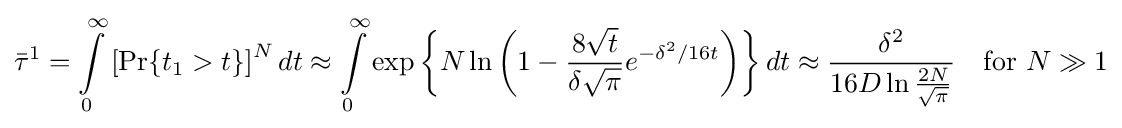
{\bar {\tau }}^{1}=\int \limits \limits _{0}^{\infty }\left[\Pr\{t_{1}>t\}\right]^{N}dt\approx \int \limits \limits _{0}^{\infty }\exp \left\{N\ln \left(1-{\frac {8{\sqrt {t}}}{\delta {\sqrt {\pi }}}}e^{-\delta ^{2}/16t}\right)\right\}dt\approx {\frac {\delta ^{2}}{16D\ln {\frac {2N}{\sqrt {\pi }}}}}\quad {\mbox{for}}\ N\gg 1